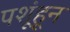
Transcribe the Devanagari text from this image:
पशूंहून